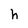
Character: h